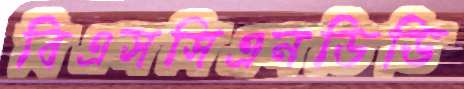
বিএসসিএনডিডি